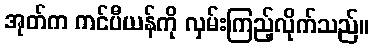
အုတ်က ကင်ပီယန်ကို လှမ်းကြည့်လိုက်သည်။